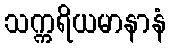
သက္ကရိယမာနာနံ